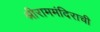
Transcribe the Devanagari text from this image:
श्रीराममंदिराची